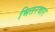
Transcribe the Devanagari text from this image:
भितरवार